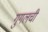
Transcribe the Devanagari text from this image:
गुगलची